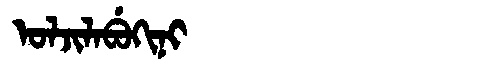
Manchu: ᠣᠯᠵᡳᠯᠠᠪᡠᡴᡳᠨᡳ
Romanization: OLJILABUKINI